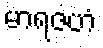
မာရဇဟံ